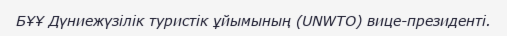
БҰҰ Дүниежүзілік туристік ұйымының (UNWTO) вице-президенті.